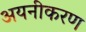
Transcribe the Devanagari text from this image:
अयनीकरण